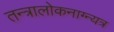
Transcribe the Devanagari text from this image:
तन्त्रालोकनाग्न्यत्र